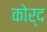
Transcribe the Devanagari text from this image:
कोर्द